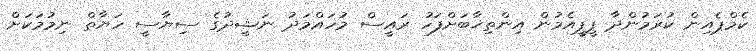
ކެމްޕެއިން ކުރަމުންދާ ޕީޕީއެމުން އިންތިޚާބަށްފަހު ރައީސް މުހައްމަދު ނަޝީދުގެ ސިޔާސީ ހަޔާތް ނިމުމަކަށް